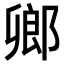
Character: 𨜮